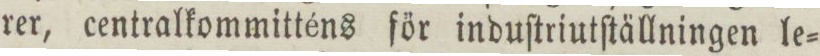
rer, centralkommitténs för induſtriutſtällningen le=